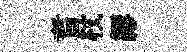
耆杖繆